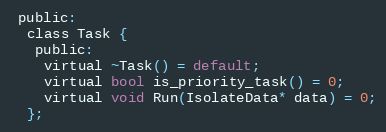
Language: C
 public:
  class Task {
   public:
    virtual ~Task() = default;
    virtual bool is_priority_task() = 0;
    virtual void Run(IsolateData* data) = 0;
  };